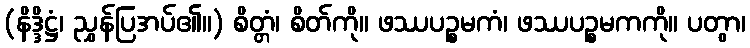
(နိဒ္ဒိဋ္ဌံ၊ ညွှန်ပြအပ်၏။) စိတ္တံ၊ စိတ်ကို။ ဖဿပဉ္စမကံ၊ ဖဿပဉ္စမကကို။ ပတွာ၊